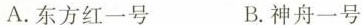
A.东方红一号 B.神舟一号